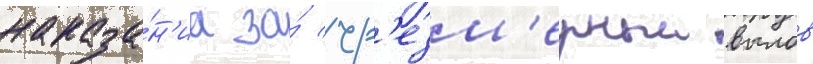
наказа́н'иа за́ чр'езм'ерныи вылов